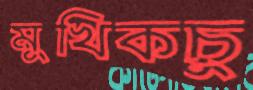
মুখিকচু